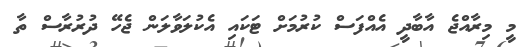
މީ މިރާއްޖެ އާބާދީ އެއްފަސް ކުރުމަށް ޓަކައި އެކުލަވާލަން ޖެހޭ ދުރުރާސް ތާ